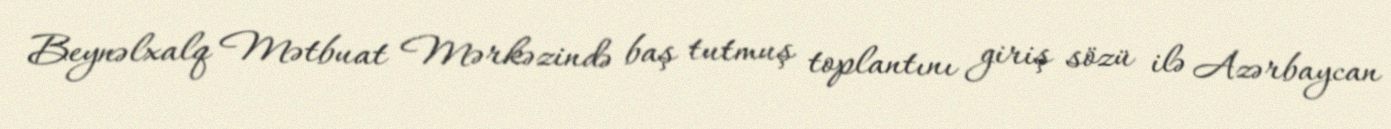
Beynəlxalq Mətbuat Mərkəzində baş tutmuş toplantını giriş sözü ilə Azərbaycan